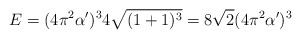
\begin{align*}E = (4 \pi^2 \alpha')^{3} 4 \sqrt{(1 + 1)^3} = 8 \sqrt{2} (4 \pi^2 \alpha')^{3}\end{align*}